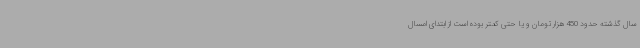
سال گذشته حدود 450 هزار تومان و یا حتی کمتر بوده است از ابتدای امسال